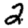
Digit: 2